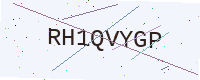
Text: RH1QVYGP